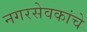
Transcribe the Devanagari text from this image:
नगरसेवकांचे